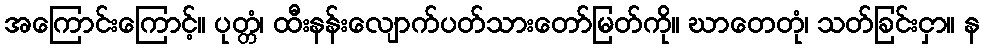
အကြောင်းကြောင့်။ ပုတ္တံ၊ ထီးနန်းလျောက်ပတ်သားတော်မြတ်ကို။ ဃာတေတုံ၊ သတ်ခြင်းငှာ။ န